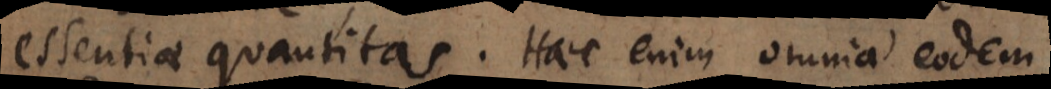
essentiae quantitas. Haec enim omnia eodem